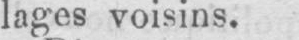
lages voisins.